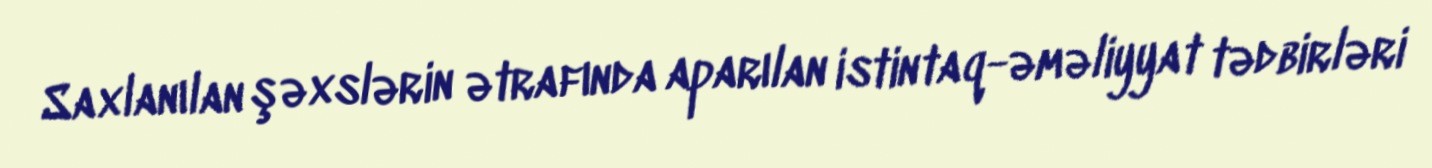
Saxlanılan şəxslərin ətrafında aparılan istintaq-əməliyyat tədbirləri